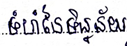
ទំហំនៃទិន្នន័យ